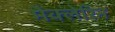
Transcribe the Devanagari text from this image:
मैक्लेरिन